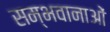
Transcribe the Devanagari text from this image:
सम्भवानाओं